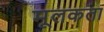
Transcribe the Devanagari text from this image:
मूलकता